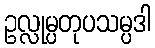
ဥလ္လုမ္ပတုပသမ္ပဒါ